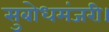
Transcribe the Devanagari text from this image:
सुबोधमंजरी।